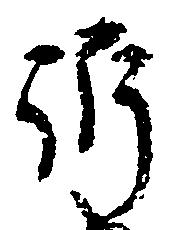
訴